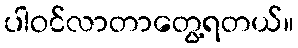
ပါဝင်လာတာတွေ့ရတယ်။